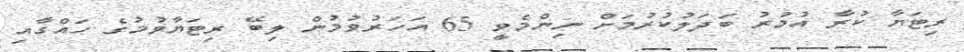
ރިޓަޔާ ކުރާ އުމުރު ބަދަލުކުރުމަށް ނިންމެވީ 65 އަހަރުވުމުން ލިބޭ ރިޓަޔާވުމުގެ ހައްގާއި